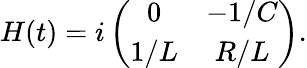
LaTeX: \begin{array}{r}{H(t)=i\left(\begin{array}{cc}{0}&{-1/C}\\ {1/L}&{R/L}\end{array}\right).}\end{array}